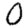
Digit: 0